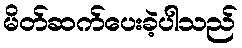
မိတ်ဆက်ပေးခဲ့ပါသည်